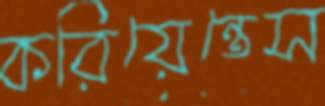
করিয়েন্তেস